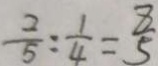
\frac { 2 } { 5 } : \frac { 1 } { 4 } = \frac { 8 } { 5 }